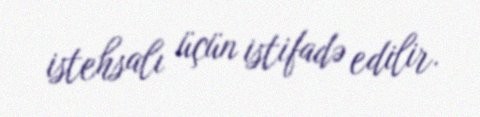
istehsalı üçün istifadə edilir.